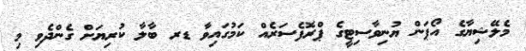
މެލޭޝިޔާގެ އޯޕަން ޔުނިވާސިޓީގެ ޕްރޮފެސަރެއް ކަމުގައިވާ ޑރ ބާލާ ކުުރިޔަށް ގެންދެވި މި